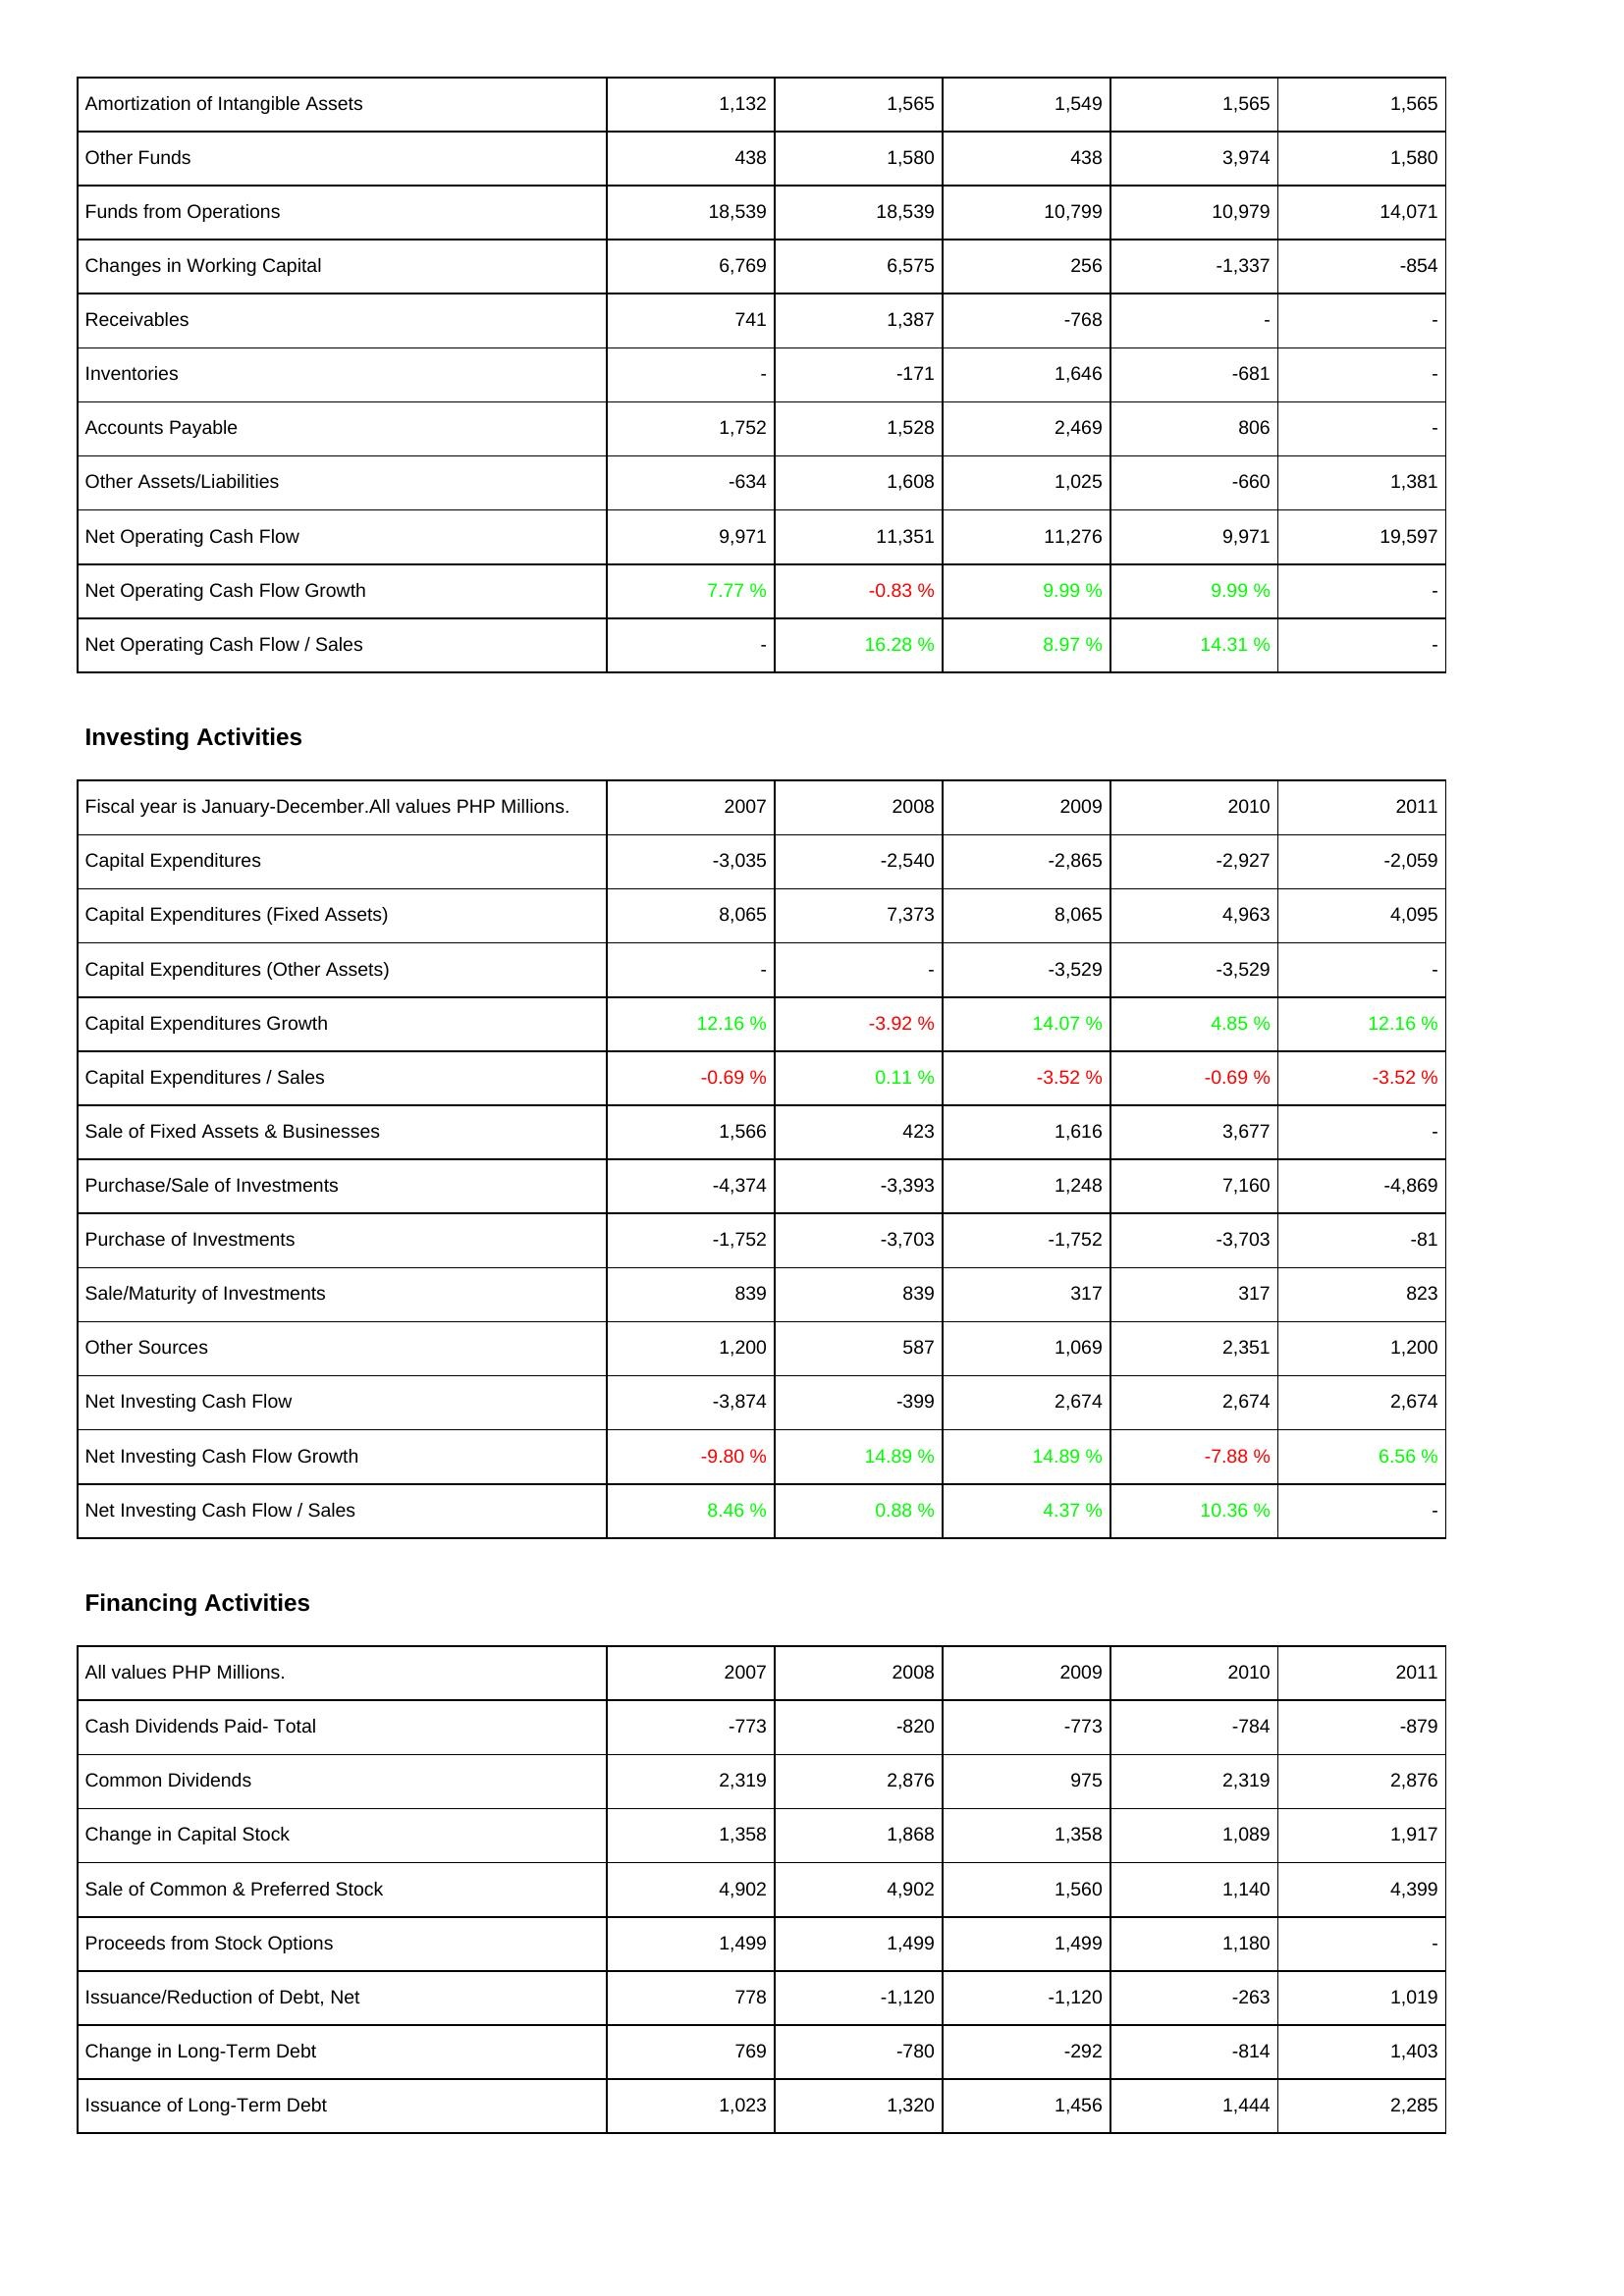
2007: Operating Activities: Amortization of Intangible Assets: 1,132
Other Funds: 438
Funds from Operations: 18,539
Changes in Working Capital: 6,769
Receivables: 741
Inventories: -
Accounts Payable: 1,752
Other Assets/Liabilities: -634
Net Operating Cash Flow: 9,971
Net Operating Cash Flow Growth: 7.77 %
Net Operating Cash Flow / Sales: -
Investing Activities: Capital Expenditures: -3,035
Capital Expenditures (Fixed Assets): 8,065
Capital Expenditures (Other Assets): -
Capital Expenditures Growth: 12.16 %
Capital Expenditures / Sales: -0.69 %
Sale of Fixed Assets & Businesses: 1,566
Purchase/Sale of Investments: -4,374
Purchase of Investments: -1,752
Sale/Maturity of Investments: 839
Other Sources: 1,200
Net Investing Cash Flow: -3,874
Net Investing Cash Flow Growth: -9.80 %
Net Investing Cash Flow / Sales: 8.46 %
Financing Activities: Cash Dividends Paid- Total: -773
Common Dividends: 2,319
Change in Capital Stock: 1,358
Sale of Common & Preferred Stock: 4,902
Proceeds from Stock Options: 1,499
Issuance/Reduction of Debt, Net: 778
Change in Long-Term Debt: 769
Issuance of Long-Term Debt: 1,023
2008: Operating Activities: Amortization of Intangible Assets: 1,565
Other Funds: 1,580
Funds from Operations: 18,539
Changes in Working Capital: 6,575
Receivables: 1,387
Inventories: -171
Accounts Payable: 1,528
Other Assets/Liabilities: 1,608
Net Operating Cash Flow: 11,351
Net Operating Cash Flow Growth: -0.83 %
Net Operating Cash Flow / Sales: 16.28 %
Investing Activities: Capital Expenditures: -2,540
Capital Expenditures (Fixed Assets): 7,373
Capital Expenditures (Other Assets): -
Capital Expenditures Growth: -3.92 %
Capital Expenditures / Sales: 0.11 %
Sale of Fixed Assets & Businesses: 423
Purchase/Sale of Investments: -3,393
Purchase of Investments: -3,703
Sale/Maturity of Investments: 839
Other Sources: 587
Net Investing Cash Flow: -399
Net Investing Cash Flow Growth: 14.89 %
Net Investing Cash Flow / Sales: 0.88 %
Financing Activities: Cash Dividends Paid- Total: -820
Common Dividends: 2,876
Change in Capital Stock: 1,868
Sale of Common & Preferred Stock: 4,902
Proceeds from Stock Options: 1,499
Issuance/Reduction of Debt, Net: -1,120
Change in Long-Term Debt: -780
Issuance of Long-Term Debt: 1,320
2009: Operating Activities: Amortization of Intangible Assets: 1,549
Other Funds: 438
Funds from Operations: 10,799
Changes in Working Capital: 256
Receivables: -768
Inventories: 1,646
Accounts Payable: 2,469
Other Assets/Liabilities: 1,025
Net Operating Cash Flow: 11,276
Net Operating Cash Flow Growth: 9.99 %
Net Operating Cash Flow / Sales: 8.97 %
Investing Activities: Capital Expenditures: -2,865
Capital Expenditures (Fixed Assets): 8,065
Capital Expenditures (Other Assets): -3,529
Capital Expenditures Growth: 14.07 %
Capital Expenditures / Sales: -3.52 %
Sale of Fixed Assets & Businesses: 1,616
Purchase/Sale of Investments: 1,248
Purchase of Investments: -1,752
Sale/Maturity of Investments: 317
Other Sources: 1,069
Net Investing Cash Flow: 2,674
Net Investing Cash Flow Growth: 14.89 %
Net Investing Cash Flow / Sales: 4.37 %
Financing Activities: Cash Dividends Paid- Total: -773
Common Dividends: 975
Change in Capital Stock: 1,358
Sale of Common & Preferred Stock: 1,560
Proceeds from Stock Options: 1,499
Issuance/Reduction of Debt, Net: -1,120
Change in Long-Term Debt: -292
Issuance of Long-Term Debt: 1,456
2010: Operating Activities: Amortization of Intangible Assets: 1,565
Other Funds: 3,974
Funds from Operations: 10,979
Changes in Working Capital: -1,337
Receivables: -
Inventories: -681
Accounts Payable: 806
Other Assets/Liabilities: -660
Net Operating Cash Flow: 9,971
Net Operating Cash Flow Growth: 9.99 %
Net Operating Cash Flow / Sales: 14.31 %
Investing Activities: Capital Expenditures: -2,927
Capital Expenditures (Fixed Assets): 4,963
Capital Expenditures (Other Assets): -3,529
Capital Expenditures Growth: 4.85 %
Capital Expenditures / Sales: -0.69 %
Sale of Fixed Assets & Businesses: 3,677
Purchase/Sale of Investments: 7,160
Purchase of Investments: -3,703
Sale/Maturity of Investments: 317
Other Sources: 2,351
Net Investing Cash Flow: 2,674
Net Investing Cash Flow Growth: -7.88 %
Net Investing Cash Flow / Sales: 10.36 %
Financing Activities: Cash Dividends Paid- Total: -784
Common Dividends: 2,319
Change in Capital Stock: 1,089
Sale of Common & Preferred Stock: 1,140
Proceeds from Stock Options: 1,180
Issuance/Reduction of Debt, Net: -263
Change in Long-Term Debt: -814
Issuance of Long-Term Debt: 1,444
2011: Operating Activities: Amortization of Intangible Assets: 1,565
Other Funds: 1,580
Funds from Operations: 14,071
Changes in Working Capital: -854
Receivables: -
Inventories: -
Accounts Payable: -
Other Assets/Liabilities: 1,381
Net Operating Cash Flow: 19,597
Net Operating Cash Flow Growth: -
Net Operating Cash Flow / Sales: -
Investing Activities: Capital Expenditures: -2,059
Capital Expenditures (Fixed Assets): 4,095
Capital Expenditures (Other Assets): -
Capital Expenditures Growth: 12.16 %
Capital Expenditures / Sales: -3.52 %
Sale of Fixed Assets & Businesses: -
Purchase/Sale of Investments: -4,869
Purchase of Investments: -81
Sale/Maturity of Investments: 823
Other Sources: 1,200
Net Investing Cash Flow: 2,674
Net Investing Cash Flow Growth: 6.56 %
Net Investing Cash Flow / Sales: -
Financing Activities: Cash Dividends Paid- Total: -879
Common Dividends: 2,876
Change in Capital Stock: 1,917
Sale of Common & Preferred Stock: 4,399
Proceeds from Stock Options: -
Issuance/Reduction of Debt, Net: 1,019
Change in Long-Term Debt: 1,403
Issuance of Long-Term Debt: 2,285